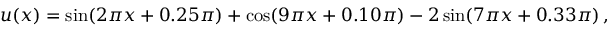
\begin{array} { r } { u ( x ) = \sin ( 2 \pi x + 0 . 2 5 \pi ) + \cos ( 9 \pi x + 0 . 1 0 \pi ) - 2 \sin ( 7 \pi x + 0 . 3 3 \pi ) \, , } \end{array}